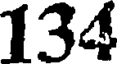
134